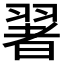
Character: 𦑥